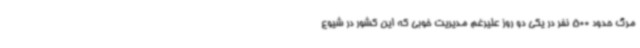
مرگ حدود 500 نفر در یکی دو روز علیرغم مدیریت خوبی که این کشور در شیوع